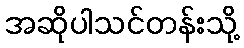
အဆိုပါသင်တန်းသို့